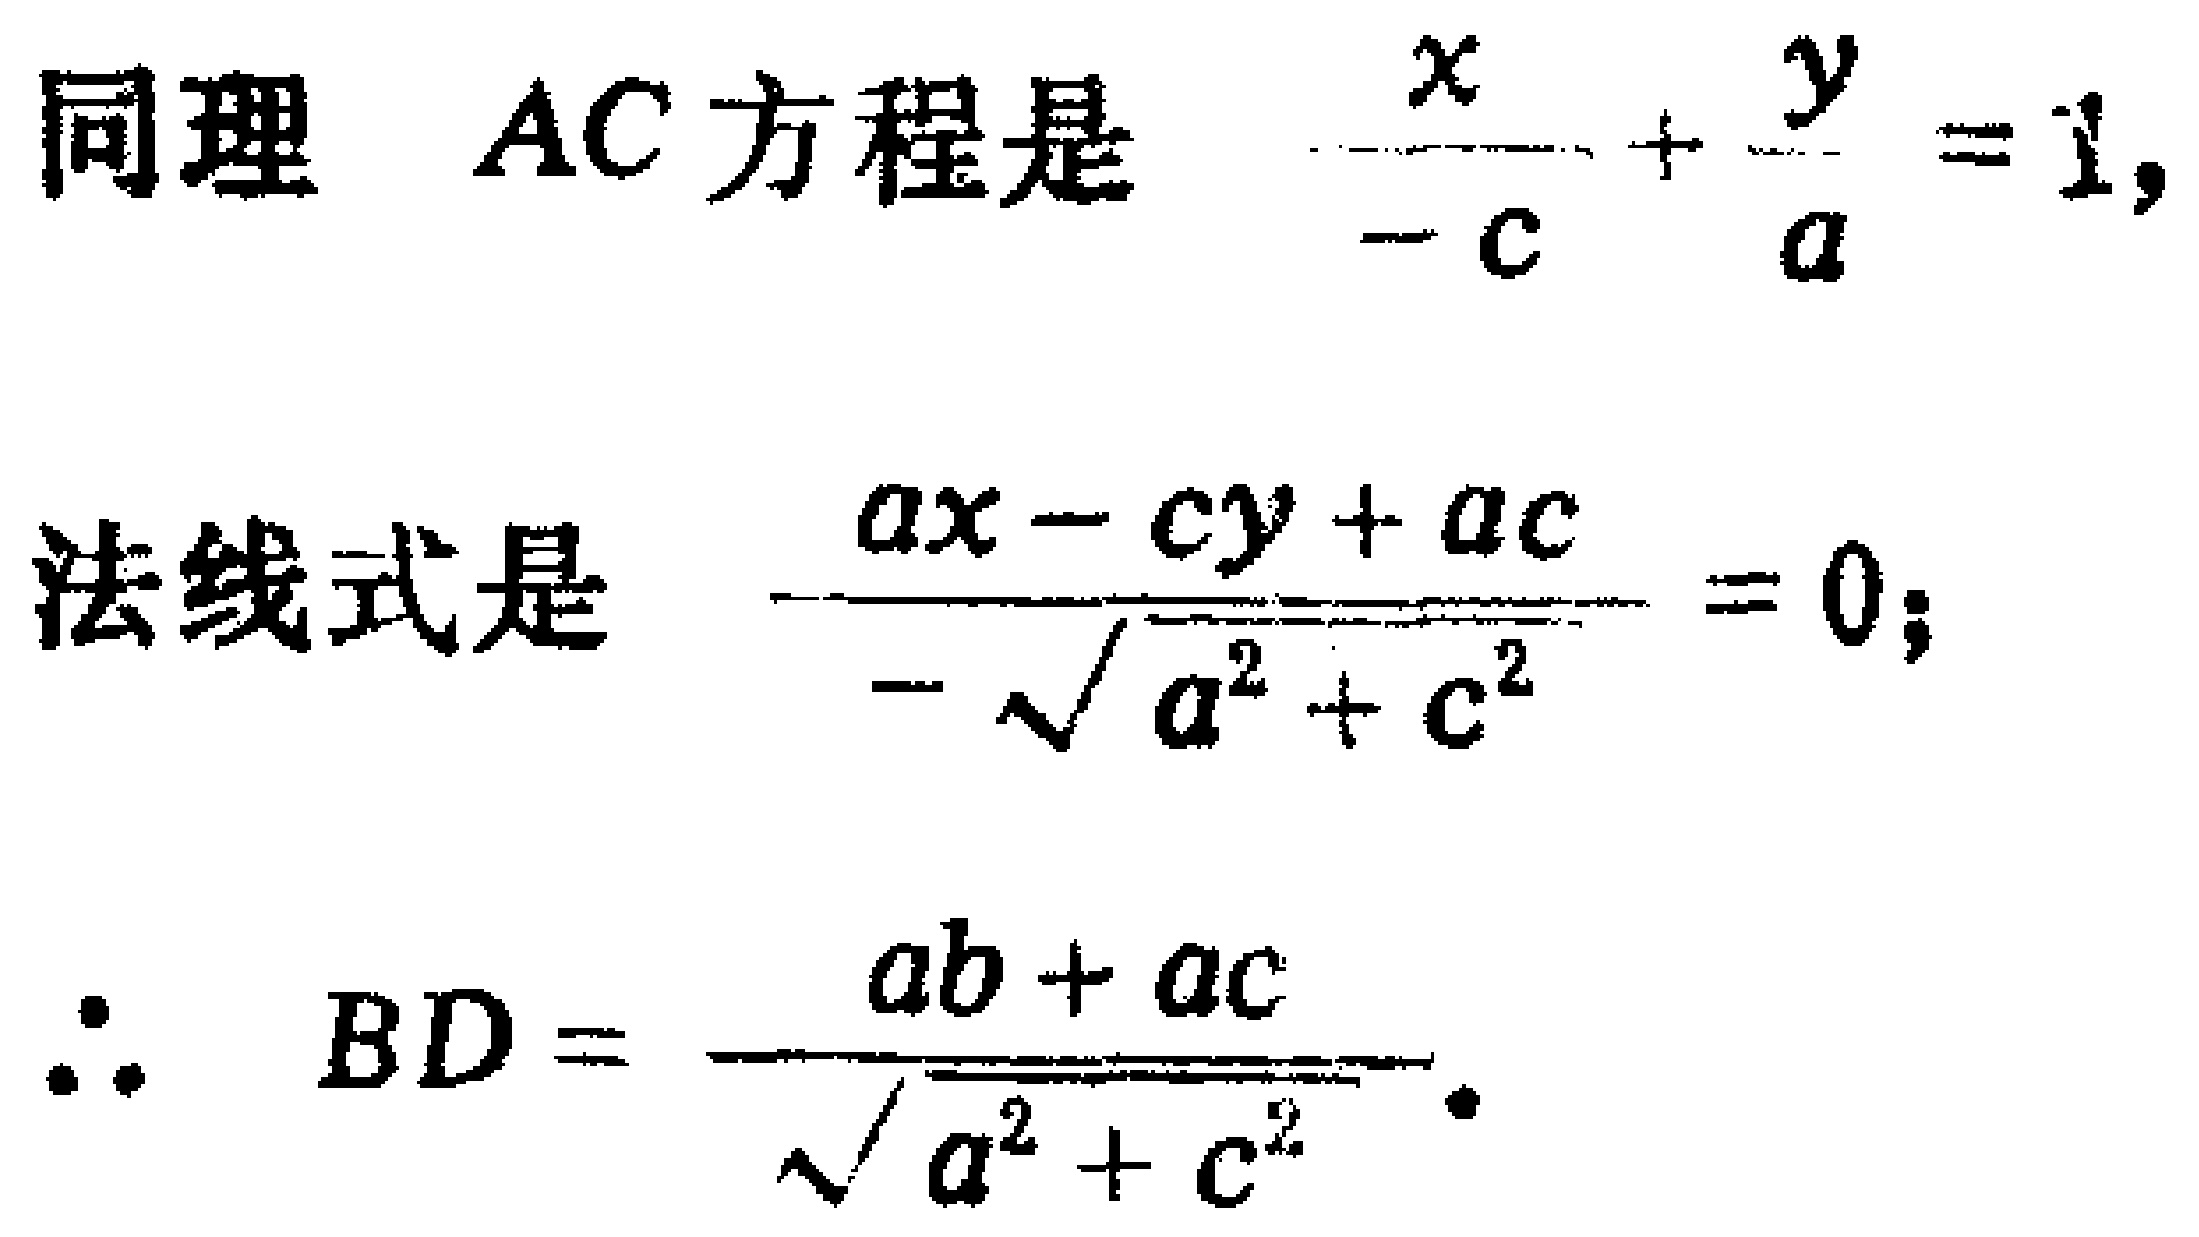
同理 \(AC\) 方程是 \(\frac{x}{-c}+\frac{y}{a}=1\)，
法线式是 \(\frac{ax - cy + ac}{-\sqrt{a^{2}+c^{2}}}=0\)；
\(\therefore BD = \frac{ab + ac}{\sqrt{a^{2}+c^{2}}}\)。